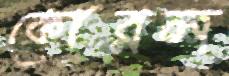
কোরল